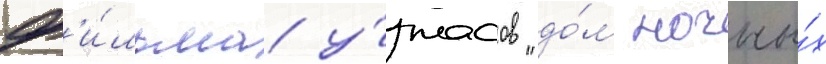
ф'и́льма у́жасов "до́м ночны́х